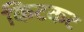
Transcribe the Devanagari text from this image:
किटकट